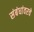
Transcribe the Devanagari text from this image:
संबंधांवरचे